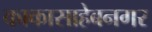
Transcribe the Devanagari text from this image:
काकासाहेबनगर